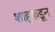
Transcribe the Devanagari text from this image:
शाहूकडून